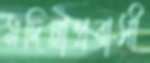
মদিনাপ্রবাসী